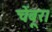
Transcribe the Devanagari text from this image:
चेंबूर।